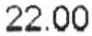
22.00